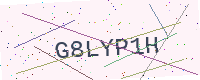
Text: G8LYP1H